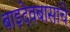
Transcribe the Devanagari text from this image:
बाइदेवबासांचे